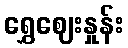
ရွှေဈေးနှုန်း